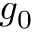
g _ { 0 }